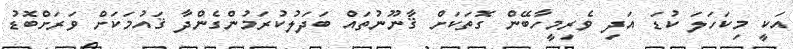
އަކީީ މިކަހަލަަ ކުޑަަ އަދިި ވެރިމީހާބޭން ގޮތަކަށްް ޤާނޫނުތައްް ބަދަލުކުރަމުންގެންދާާ ޤައުމަކަށްް ވަރަށްބޮޑުު